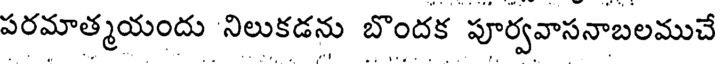
పరమాత్మయందు నిలుకడను బొందక పూర్వవాసనాబలముచే